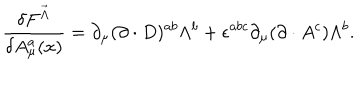
\frac { \delta F ^ { \vec { \Lambda } } } { \delta A _ { \mu } ^ { a } ( x ) } = \partial _ { \mu } ( \partial \cdot D ) ^ { a b } \Lambda ^ { b } + \epsilon ^ { a b c } \partial _ { \mu } ( \partial \cdot A ^ { c } ) \Lambda ^ { b } .